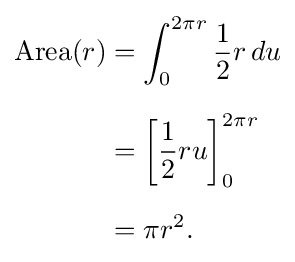
{\begin{aligned}\mathrm {Area} (r)&{}=\int _{0}^{2\pi r}{\frac {1}{2}}r\,du\\[6pt]&{}=\left[{\frac {1}{2}}ru\right]_{0}^{2\pi r}\\[6pt]&{}=\pi r^{2}.\end{aligned}}